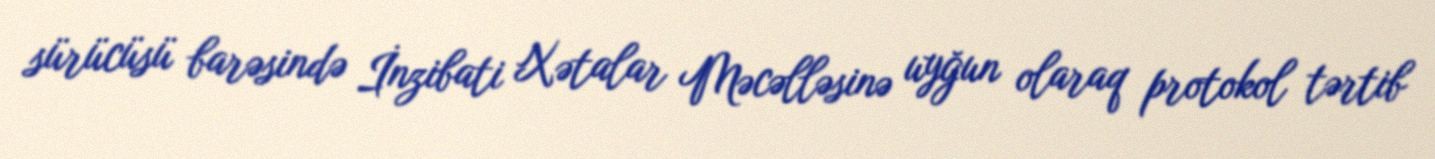
sürücüsü barəsində İnzibati Xətalar Məcəlləsinə uyğun olaraq protokol tərtib